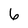
Character: 6